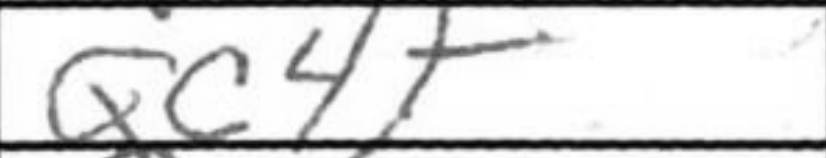
Transcription: Qc4+